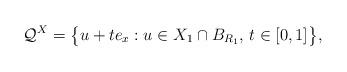
LaTeX: \begin{gather*}\mathcal{Q}^X=\big\{ u+te_x: u \in X_1 \cap B_{R_1}, \, t \in [0,1] \big\},\end{gather*}